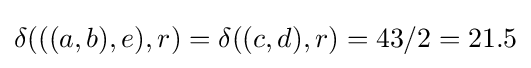
\delta (((a,b),e),r)=\delta ((c,d),r)=43/2=21.5